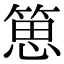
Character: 𥯨